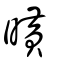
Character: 曂